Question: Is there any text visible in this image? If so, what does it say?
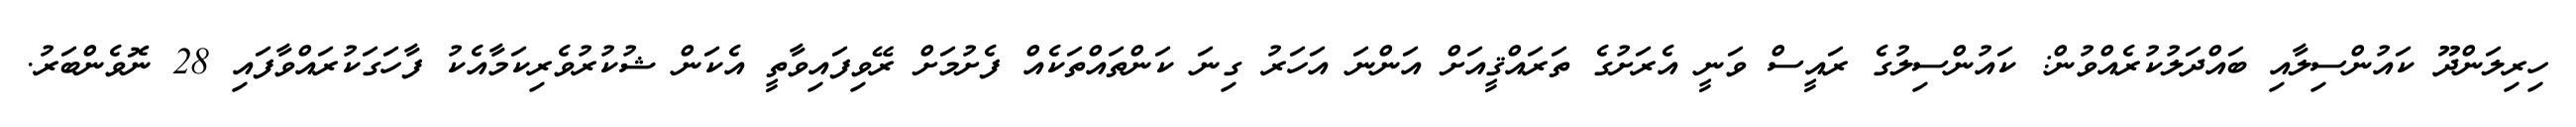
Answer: ހިރިލަންދޫ ކައުންސިލާއި ބައްދަލުކުރެއްވުން: ކައުންސިލުގެ ރައީސް ވަނީ އެރަށުގެ ތަރައްޤީއަށް އަންނަ އަހަރު ގިނަ ކަންތައްތަކެއް ފެށުމަށް ރޭވިފައިވާތީ އެކަން ޝުކުރުވެރިކަމާއެކު ފާހަގަކުރައްވާފައި 28 ނޮވެންބަރު.